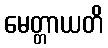
မေတ္တာယတိ